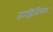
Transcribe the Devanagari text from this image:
ताहितियन